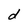
Character: d